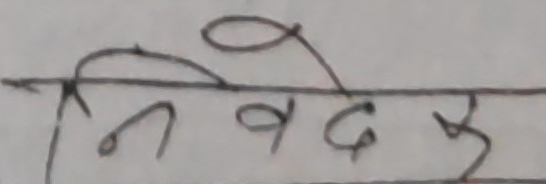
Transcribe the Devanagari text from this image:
निवेदक